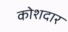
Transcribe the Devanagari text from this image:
कोशदार